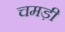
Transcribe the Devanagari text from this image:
चमड़ी